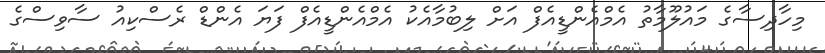
މިހާދިސާގެ މައުލޫމާތު އެމްއެންޑީއެފް އަށް ލިބުމާއެކު އެމްއެންޑީއެފް ފަޔަ އެންޑް ރެސްކިއު ސާވިސްގެ